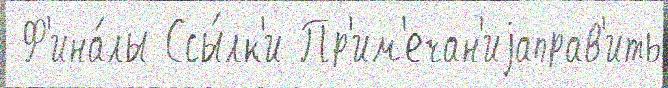
 Ф'ина́лы Ссы́лк'и Пр'им'ечан'иjаправ'ить